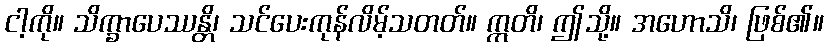
ငါ့ကို။ သိက္ခာပေဿန္တိ၊ သင်ပေးကုန်လိမ့်သတတ်။ ဣတိ၊ ဤသို့။ အဟောသိ၊ ဖြစ်၏။